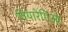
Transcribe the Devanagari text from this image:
वियारेगिओ